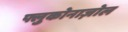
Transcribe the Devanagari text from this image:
फ्लुकोनाज़ोल